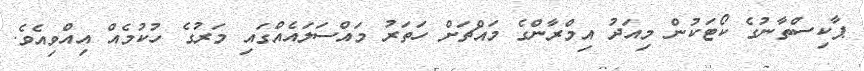
ޕާކިސްތާނުގެ ކޯޓަކުން މިއަދު އިމްރާންގެ މައްޗަށް ހަތަރު މައްސަލައެއްގައި މަރުގެ ހުކުމެއް އިއްވިއެވެ.